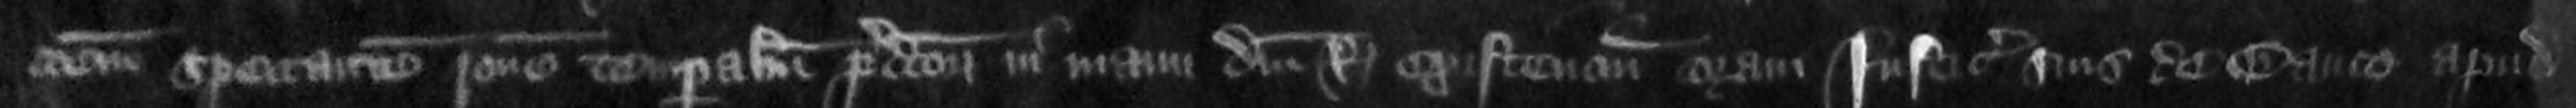
ionem spectantem ratione temporalium predictorum in manu domini Regis existencium coram justiciariis suis de banco apud